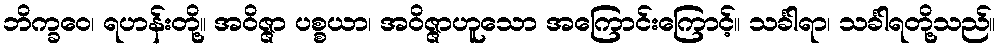
ဘိက္ခဝေ၊ ရဟန်းတို့။ အဝိဇ္ဇာ ပစ္စယာ၊ အဝိဇ္ဇာဟူသော အကြောင်းကြောင့်။ သင်္ခါရာ၊ သင်္ခါရတို့သည်။